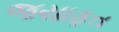
જયાફત